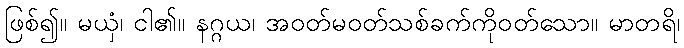
ဖြစ်၍။ မယှံ၊ ငါ၏။ နဂ္ဂယ၊ အဝတ်မဝတ်သစ်ခက်ကိုဝတ်သော။ မာတရိ၊